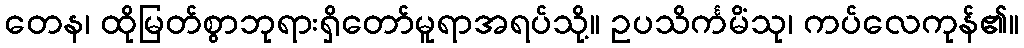
တေန၊ ထိုမြတ်စွာဘုရားရှိတော်မူရာအရပ်သို့။ ဥပသိင်္ကမိံသု၊ ကပ်လေကုန်၏။